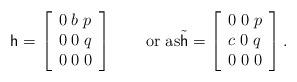
LaTeX: \begin{align*}\mathsf{h}=\left[\begin{array}{lll}0\; b\; p\\0\; 0\; q\\0\; 0\; 0\end{array}\right]\qquad\mbox{or as}\tilde{\mathsf{h}}=\left[\begin{array}{lll}0\; 0\; p\\c\; 0\; q\\0\; 0\; 0\end{array}\right].\end{align*}